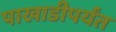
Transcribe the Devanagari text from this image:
पाखाडीपर्यंत